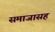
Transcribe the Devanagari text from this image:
समाजासह